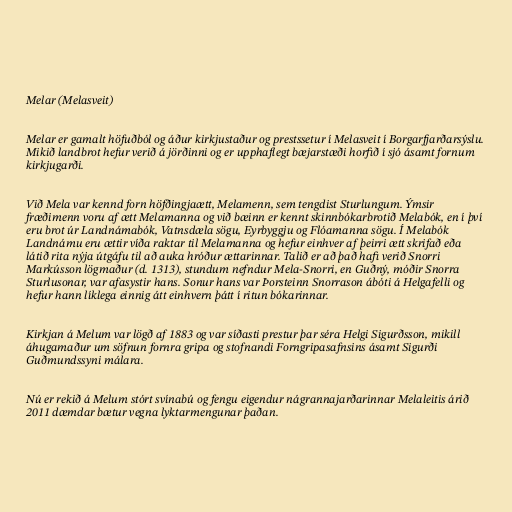
Melar (Melasveit)

Melar er gamalt höfuðból og áður kirkjustaður og prestssetur í Melasveit í Borgarfjarðarsýslu.
Mikið landbrot hefur verið á jörðinni og er upphaflegt bæjarstæði horfið í sjó ásamt fornum
kirkjugarði.

Við Mela var kennd forn höfðingjaætt, Melamenn, sem tengdist Sturlungum. Ýmsir
fræðimenn voru af ætt Melamanna og við bæinn er kennt skinnbókarbrotið Melabók, en í því
eru brot úr Landnámabók, Vatnsdæla sögu, Eyrbyggju og Flóamanna sögu. Í Melabók
Landnámu eru ættir víða raktar til Melamanna og hefur einhver af þeirri ætt skrifað eða
látið rita nýja útgáfu til að auka hróður ættarinnar. Talið er að það hafi verið Snorri
Markússon lögmaður (d. 1313), stundum nefndur Mela-Snorri, en Guðný, móðir Snorra
Sturlusonar, var afasystir hans. Sonur hans var Þorsteinn Snorrason ábóti á Helgafelli og
hefur hann líklega einnig átt einhvern þátt í ritun bókarinnar.

Kirkjan á Melum var lögð af 1883 og var síðasti prestur þar séra Helgi Sigurðsson, mikill
áhugamaður um söfnun fornra gripa og stofnandi Forngripasafnsins ásamt Sigurði
Guðmundssyni málara.

Nú er rekið á Melum stórt svínabú og fengu eigendur nágrannajarðarinnar Melaleitis árið
2011 dæmdar bætur vegna lyktarmengunar þaðan.